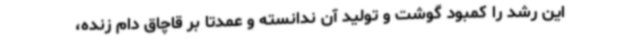
این رشد را کمبود گوشت و تولید آن ندانسته و عمدتا بر قاچاق دام زنده،